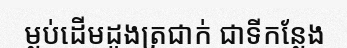
ម្លប់ដើមដូងត្រជាក់ ជាទីកន្លែង